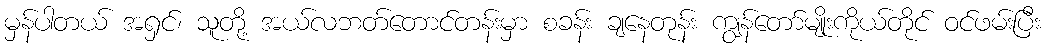
မှန်ပါတယ် အရှင်၊ သူတို့ အယ်လဘတ်တောင်တန်းမှာ စခန်း ချနေတုန်း ကျွန်တော်မျိုးကိုယ်တိုင် ဝင်ဖမ်းပြီး